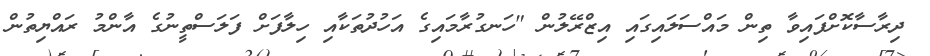
ދިރާސާކޮށްފައިވާ ތިން މައްސަލައިގައި އިޒްރޭލުން "ހަނގުރާމައިގެ އަހުދުތަކާއި ހިލާފަށް ފަލަސްތީނުގެ އާންމު ރައްޔިތުން